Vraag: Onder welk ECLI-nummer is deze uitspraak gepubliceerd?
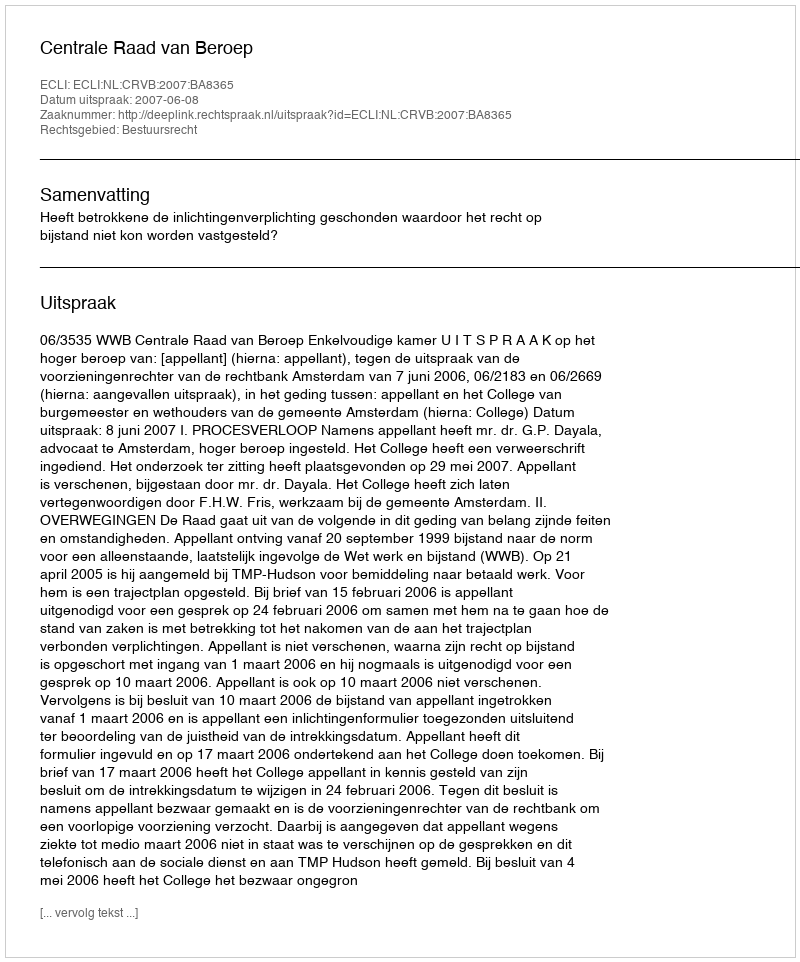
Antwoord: ECLI:NL:CRVB:2007:BA8365